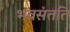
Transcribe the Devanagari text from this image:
भवसंतति